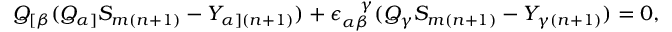
Q _ { [ \beta } ( Q _ { \alpha ] } S _ { m ( n + 1 ) } - Y _ { \alpha ] ( n + 1 ) } ) + \epsilon _ { \alpha \beta } ^ { ~ ~ ~ \! \gamma } ( Q _ { \gamma } S _ { m ( n + 1 ) } - Y _ { \gamma ( n + 1 ) } ) = 0 ,